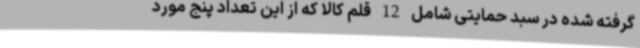
گرفته شده در سبد حمایتی شامل 12 قلم کالا که از این تعداد پنج مورد